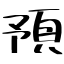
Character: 預